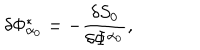
\delta \Phi _ { \alpha _ { 0 } } ^ { * } = - \frac { \delta S _ { 0 } } { \delta \Phi ^ { \alpha _ { 0 } } } ,